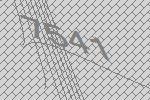
7541